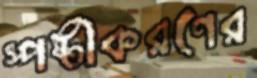
স্পষ্টীকরণের